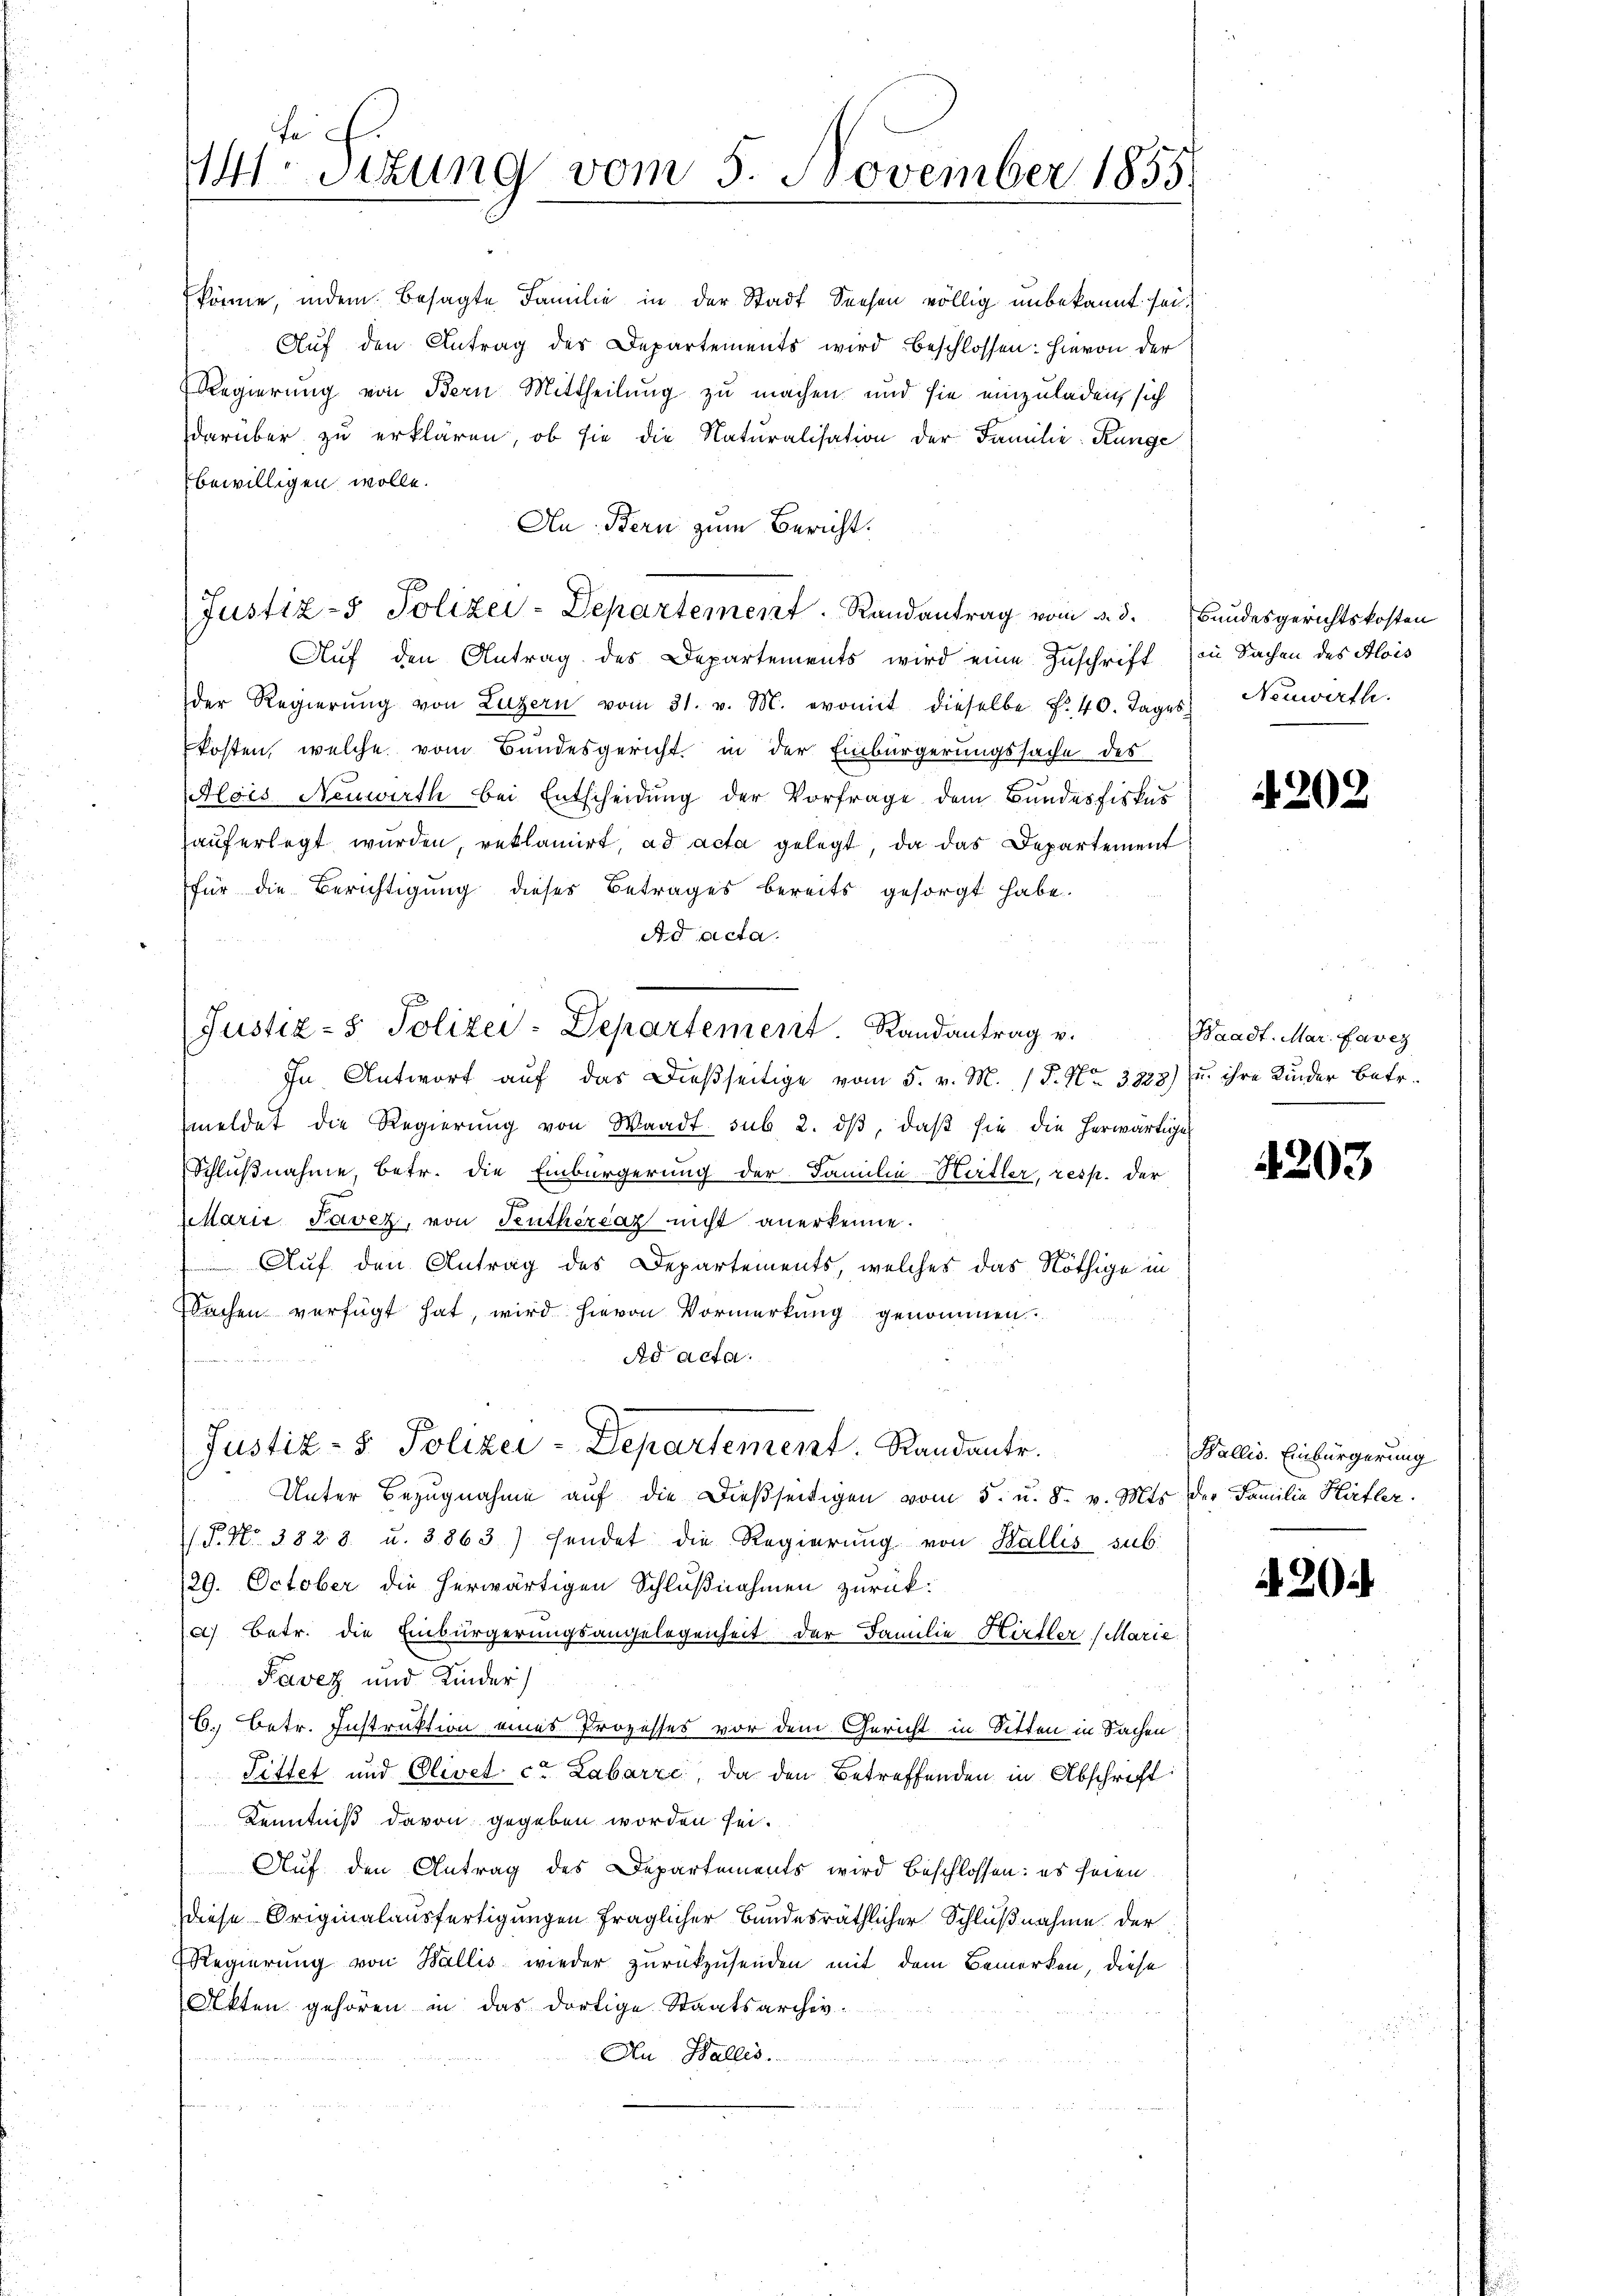
te
141. Situng vom 5. November 1855.

könne, indem besagte Familie in der Stadt Seesen völlig unbekannt sei.
Aŭf den Antrag der Departements wird beschlossen: hievon der
Regierung von Bern Mittheilung zu machen und sie einzuladen, sich
darüber zu erklären, ob sie die Naturalisation der Familie Kunge
bewilligen wolle.
An Bern zum Bericht.
Auf den Antrag des Departements wird eine Zuschrift
der Regierŭng von Luzern vom 31. v. M. womit dieselbe f. 40. Tages
kosten, welche vom Bundesgericht in der Einbürgerungssache des
Alois Neuwirth bei Entscheidung der Vorfrage dem Bundesfiskus
auferlegt wurden, reklamirt, ad acta gelegt, da das Departement
für die Berichtigung dieses Betrages bereits gesorgt habe.
Ad acta.
In Antwort auf das dießseitige vom 5. v. M. / P. Nr. 3228) u. ihre Kinder betr.
meldet die Regierŭng von Waadt sub. 2. dβ, daβ sie die herwärtige
Schlußnahme, betr. die Einbürgerung der Familie-Hitler, resp. der
Marie Tavez, von Teuthereaz nicht anerkenne.
Auf den Antrag des Departements, welches das Nöthige in
Sachen verfügt hat, wird hievon Vormerkung genommen.
Ad acta.
deren und der Weiten der
Justiz- & Polizei-Departement. Randante.
Unter Bezugnahme auf die dießseitigen vom 5. u. 8. v. Mts. der Familie Hitler
(P. Nr. 3828 u. 3863) sendet die Regierŭng von Wallis sub
/29. October die herwärtigen Schlußnahmen zurück:
a) Betr. die Einbürgerungsangelegenheit der Familie Hirfler (Marie
Favez und Kinder
6. Betr. Instruktion eines Prozesses vor dem Gericht in Sitten in Sachen
Pittet und Olivet ca Labarze, da den Betreffenden in Abschrift:
Kenntniß davon gegeben worden sei.
Auf den Antrag des Departements wird beschlossen: es seien.
diese Originalausfertigungen fraglicher Bundesräthlicher Schlußnahme der
Regierung von Wallis wieder zurückzusenden mit dem Bemerken, diese
Akten gehören in das dortige Staatsarchiv¬
An Wallis.

Justiz- & Polizei-Departement. Randantrag v.

Justiz- Polizei-Departement. Randantrag vom 3. d. Bundesgerichtskosten

in Sachen des Alois
Neuwirth.

4202

Waadt. Mar. Favez

4203

Wallis. Einbürgerung

20